King Institute of Preventive Medicine Micro-Biological Section reports 1909-11
Year: 1909
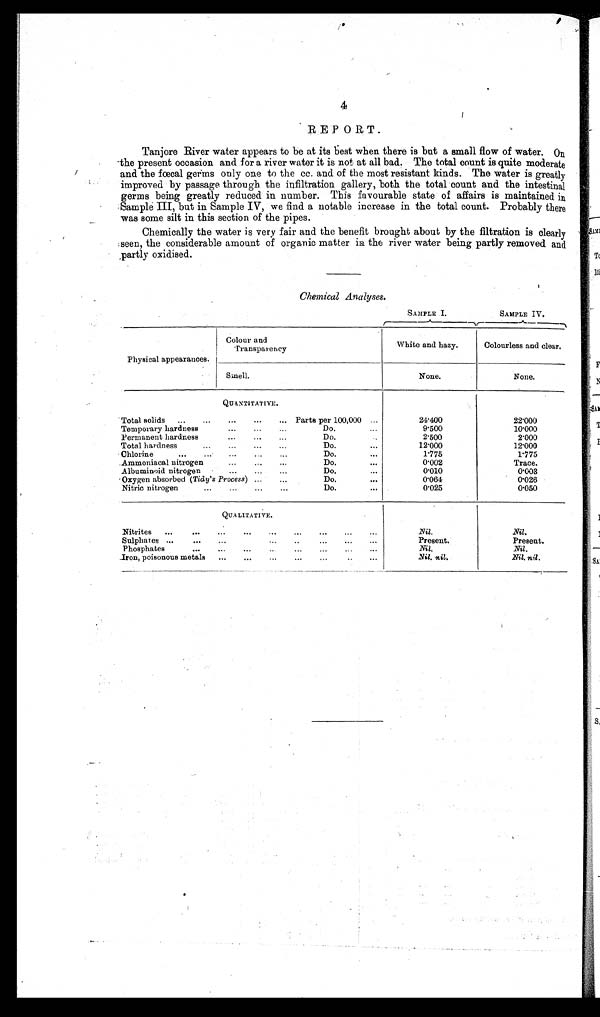
4
REPORT.
Tanjore River water appears to be at its best when there is but a small flow of water. On
the present occasion and for a river water it is not at all bad. The total count is quite moderate
and the fœtal germs only one to the cc. and of the most resistant kinds. The water is greatly
improved by passage through the infiltration gallery, both the total count and the intestinal
germs being greatly reduced in number. This favourable state of affairs is maintained in
Sample III, but in Sample IV, we find a notable increase in the total count. Probably there
was some silt in this section of the pipes.
Chemically the water is very fair and the benefit brought about by the filtration is clearly
seen, the considerable amount of organic matter in the river water being partly removed and
partly oxidised.
Chemical Analyses.
SAMPLE I.
SAMPLE IV
.
Physical appearances.
Colour and
T r a n s p a r e n c y
White and hazy.
Colourless and clear,
Smell.
None.
None.
QUANTITATIVE.
Total solids
Parts per 100,000
2 4 · 4 0 0
2 2 · 0 0 0
Temporary hardness
Do.
9·500
1 0 · 0 0 0
Permanent hardness
Do.
2·500
2·000
Total hardness
Do.
1 2 · 0 0 0
1 2 · 0 0 0
Chlorine
Do.
1·775
1·775
Ammoniacal nitrogen
Do.
0·002
Trace.
Albuminoid nitrogen
Do.
0·010
0·003
Oxygen absorbed (Tidy's Process )
Do.
0·064
0·026
Nitric nitrogen
Do.
0·025
0·050
QUALITATIVE.
Nitrites
N i l
.
Nil.
Sulphates
Present.
Present.
Phosphates
Nil.
Nil.
Iron, poisonous metals
Nil, nil.
Nil, nil.